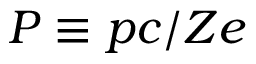
P \equiv p c / Z e